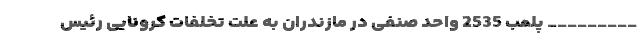
_________ پلمب 2535 واحد صنفی در مازندران به علت تخلفات کرونایی رئیس